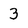
Character: 3